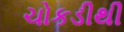
ચોકડીથી